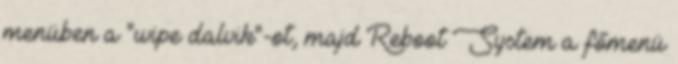
menüben a "wipe dalvik"-ot, majd Reboot System a főmenü